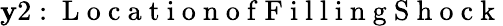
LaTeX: \mathbf{y}2:\mathrm{{~L~o~c~a~t~i~o~n~o~f~F~i~l~l~i~n~g~S~h~o~c~k~}}